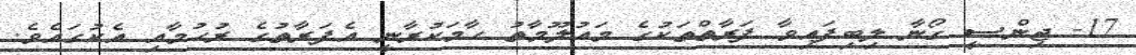
17- ޖިންސީ ގޯނާ ލިބިފައިވާ ފަރާތްތަކުގެ މައުލޫމާތު ހާމަކުރާނީ އެފަރާތުގެ ރުހުމާއި އެކުގައެވެ.